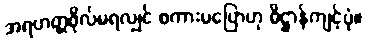
အရဟတ္တဖိုလ်မရလျှင် စကားမပြောဟု ဓိဋ္ဌာန်ကျင့်ပုံ။